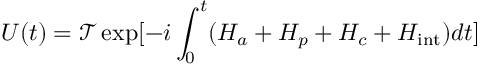
U ( t ) = \mathcal { T } \exp [ - i \int _ { 0 } ^ { t } ( H _ { a } + H _ { p } + H _ { c } + H _ { \mathrm { i n t } } ) d t ]